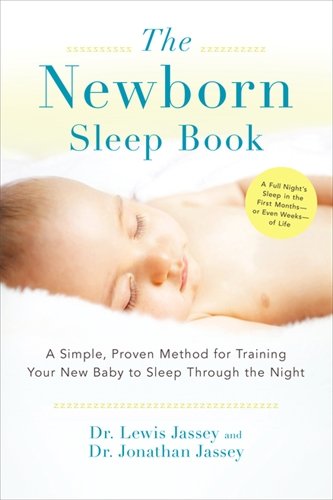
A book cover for The Newborn Sleep Book: A Simple, Proven Method for Training Your New Baby to Sleep Through the Night; Dr. Lewis Jassey; Health, Fitness & Dieting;